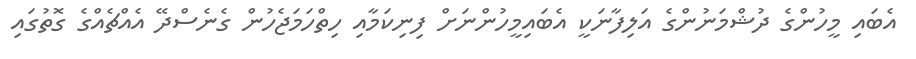
އެބައި މީހުންގެ ދުޝްމަނުންގެ އަލިފާނަކީ އެބައިމީހުންނަށް ފިނިކަމާއި ހިތްހަމަޖެހުން ގެނެސްދޭ އެއްޗެއްގެ ގޮތުގައި